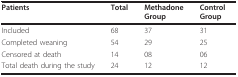
<table><thead><tr><td><b>Patients</b></td><td><b>Total</b></td><td><b>MethadoneGroup</b></td><td><b>ControlGroup</b></td></tr></thead><tbody><tr><td>Included</td><td>68</td><td>37</td><td>31</td></tr><tr><td>Completed weaning</td><td>54</td><td>29</td><td>25</td></tr><tr><td>Censored at death</td><td>14</td><td>08</td><td>06</td></tr><tr><td>Total death during the study</td><td>24</td><td>12</td><td>12</td></tr></tbody></table>